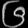
Digit: ၆